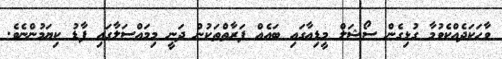
ވާހަކަދެއްކެވުމާ ގުޅިގެން ސޯޝަލް މީޑިއާގައި ބައެއް ފަރާތްތަކުން ދަނީ މިމައްސަލާގައި ފާޑު ކިޔަމުންނެެވެ.